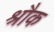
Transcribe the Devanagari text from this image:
श्रौक